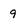
Character: 9